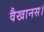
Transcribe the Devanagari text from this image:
वैखानस।